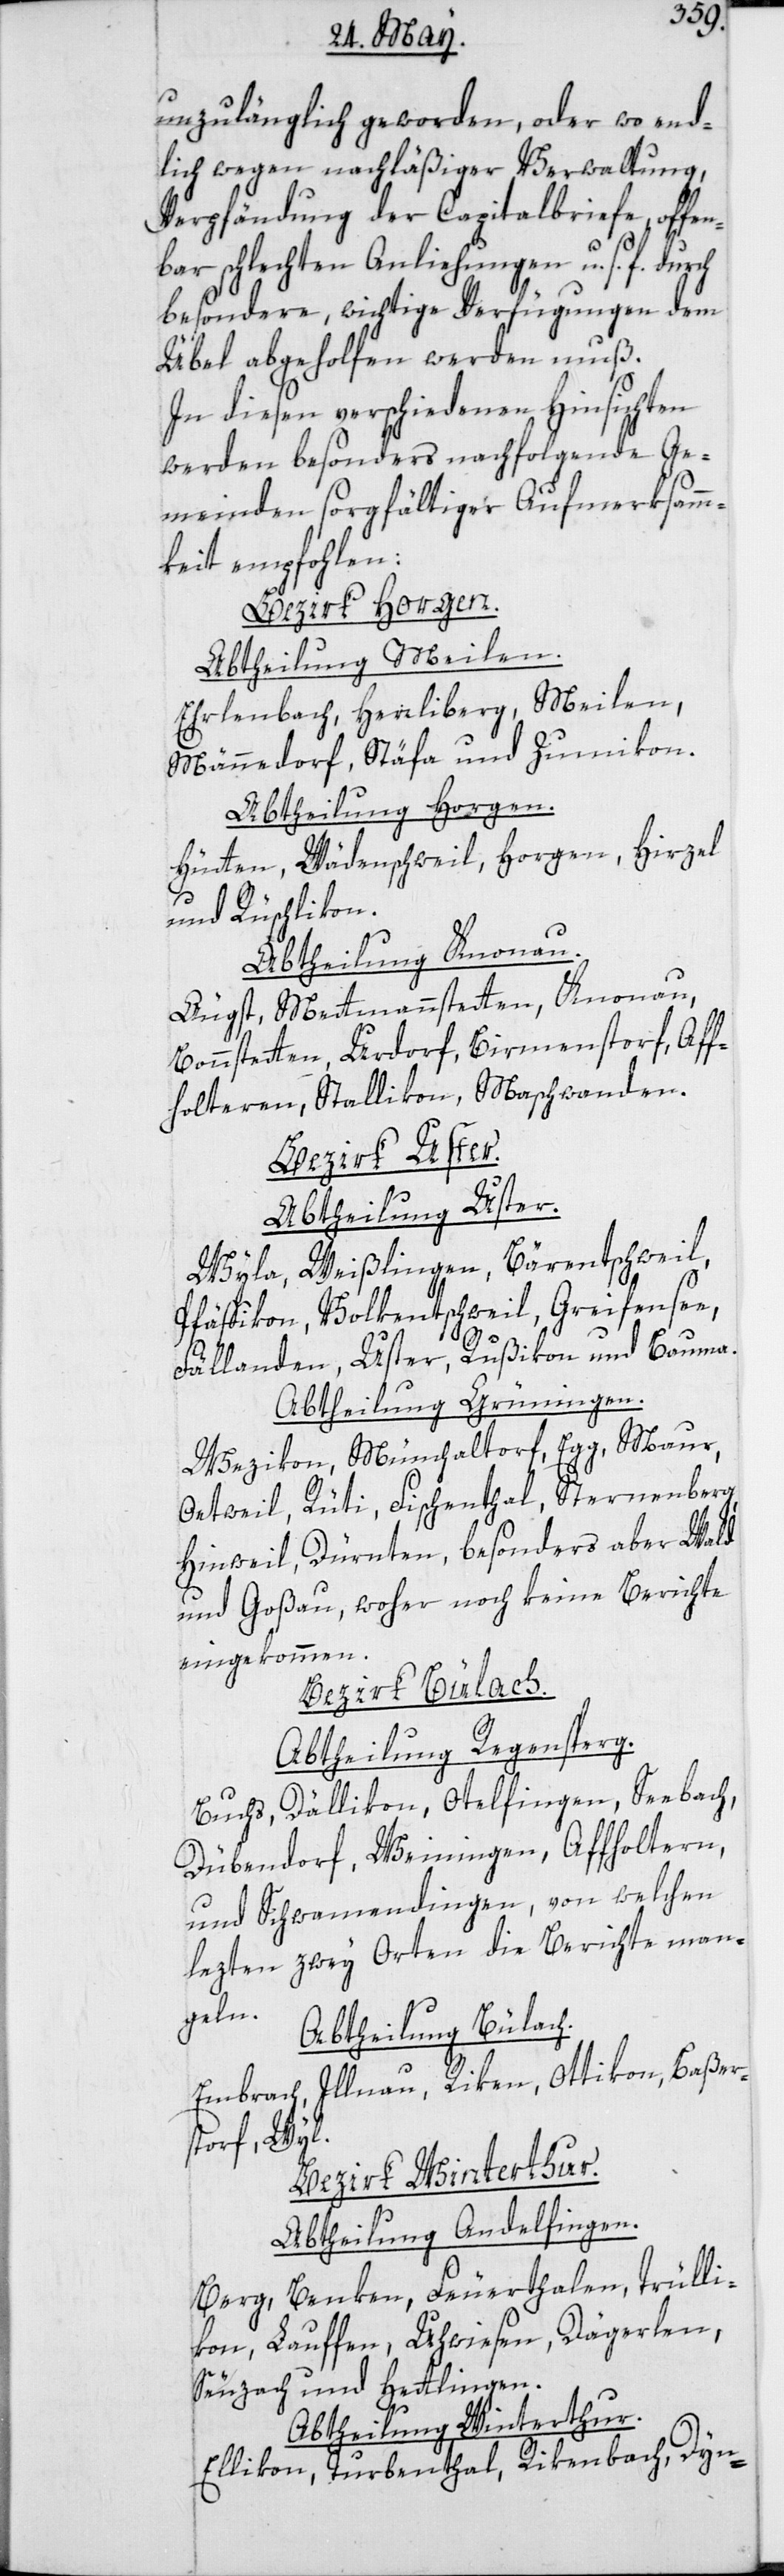
unzulänglich geworden, oder wo end¬
lich wegen nachläßiger Verwaltung,
Verpfändung der Capitalbriefe, offen¬
bar schlechten Anliehungen u. s. f., durch
besondere wichtige Verfügungen dem
Übel abgeholfen werden muß.
In diesen verschiedenen Hinsichten
werden besonders nachfolgende Ge¬
meinden sorgfältiger Aufmerksamm¬
keit empfohlen:
Bezirk Horgen.
Abtheilung Meilen.
Erlenbach, Herrliberg, Meilen,
Männedorf, Stäfa und Zumikon.
Abtheilung Horgen.
Hütten, Wädenschweil, Horgen, Hirzel
und Rüschlikon.
Abtheilung Knonau.
Äugst, Mettmenstetten, Knonau,
Bonnstetten, Urdorf, Birmenstorf, Af¬
folteren, Stallikon, Maschwanden.
Bezirk Uster.
Abtheilung Uster.
Wyla, Weißlingen, Bärentschweil,
Pfäffikon, Volkentschweil, Greifensee,
Fällanden, Uster, Rußikon und Bauma.
Abtheilung Grüningen.
Wezikon, Mönchaltorf, Egg, Maur,
Oetweil, Rüti, Fischenthal, Sternenberg,
Hinweil, Dürnten, besonders aber Wald
und Goßau, woher noch keine Berichte
eingekommen.
Bezirk Bülach.
Abtheilung Regensberg.
Buchs, Dällikon, Otelfingen, Seebach,
Dübendorf, Weiningen, Affoltern
und Schwamendingen, von welchen
lezten zwey Orten die Berichte man¬
geln.
Abtheilung Bülach.
Embrach, Illnau, Rikon, Ottikon, Baßers¬
dorf, Wyl.
Bezirk Winterthur.
Abtheilung Andelfingen.
Berg, Benken, Feuerthalen, Trülli¬
kon, Lauffen, Uhwiesen, Dägerlen,
Seuzach und Hettlingen.
Abtheilung Winterthur.
Ellikon, Turbenthal, Rikenbach, Dyn-